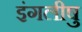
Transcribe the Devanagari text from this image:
इंगलीषु